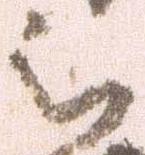
被